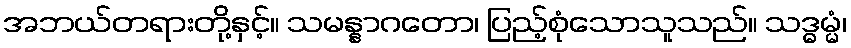
အဘယ်တရားတို့နှင့်။ သမန္နာဂတော၊ ပြည့်စုံသောသူသည်။ သဒ္ဓမ္မံ၊